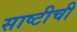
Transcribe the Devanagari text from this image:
साष्टीची